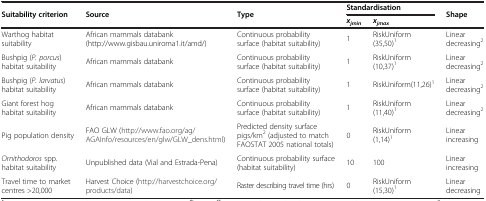
<table><thead><tr><td rowspan="2"><b>Suitability criterion</b></td><td rowspan="2"><b>Source</b></td><td rowspan="2"><b>Type</b></td><td colspan="2"><b>Standardisation</b></td><td rowspan="2"><b>Shape</b></td></tr><tr><td><b><i>x</i><sub><i>jmin</i></sub></b></td><td><b><i>x</i><sub><i>jmax</i></sub></b></td></tr></thead><tbody><tr><td>Warthog habitat suitability</td><td>African mammals databank (http://www.gisbau.uniroma1.it/amd/)</td><td>Continuous probability surface (habitat suitability)</td><td>1</td><td>RiskUniform(35,50)<sup>1</sup></td><td>Linear decreasing<sup>2</sup></td></tr><tr><td>Bushpig (<i>P. porcus</i>) habitat suitability</td><td>African mammals databank</td><td>Continuous probability surface (habitat suitability)</td><td>1</td><td>RiskUniform(10,37)<sup>1</sup></td><td>Linear decreasing<sup>2</sup></td></tr><tr><td>Bushpig (<i>P. larvatus</i>) habitat suitability</td><td>African mammals databank</td><td>Continuous probability surface (habitat suitability)</td><td>1</td><td>RiskUniform(11,26)<sup>1</sup></td><td>Linear decreasing<sup>2</sup></td></tr><tr><td>Giant forest hog habitat suitability</td><td>African mammals databank</td><td>Continuous probability surface (habitat suitability)</td><td>1</td><td>RiskUniform(11,40)<sup>1</sup></td><td>Linear decreasing<sup>2</sup></td></tr><tr><td>Pig population density</td><td>FAO GLW (http://www.fao.org/ag/AGAInfo/resources/en/glw/GLW_dens.html)</td><td>Predicted density surface pigs/km<sup>2</sup> (adjusted to match FAOSTAT 2005 national totals)</td><td>0</td><td>RiskUniform(1,14)<sup>1</sup></td><td>Linear increasing</td></tr><tr><td><i>Ornithodoros</i> spp. habitat suitability</td><td>Unpublished data (Vial and Estrada-Pena)</td><td>Continuous probability surface (habitat suitability)</td><td>10</td><td>100</td><td>Linear increasing</td></tr><tr><td>Travel time to market centres &gt;20,000</td><td>Harvest Choice (http://harvestchoice.org/products/data)</td><td>Raster describing travel time (hrs)</td><td>0</td><td>RiskUniform(15,30)<sup>1</sup></td><td>Linear decreasing</td></tr></tbody></table>